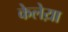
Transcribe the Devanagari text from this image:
केलेय़ा